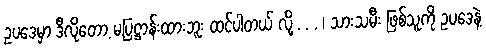
ဥပဒေမှာ ဒီလိုတော့ မပြဋ္ဌာန်းထားဘူး ထင်ပါတယ် လို့ . . . ၊ သားသမီး ဖြစ်သူကို ဥပဒေနဲ့